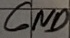
Text: GND